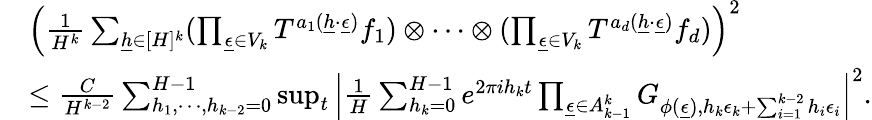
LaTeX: \begin{array}{rl}&{\Big(\frac{1}{H^{k}}\sum_{\underline{{h}}\in[H]^{k}}(\prod_{\underline{{\epsilon}}\in V_{k}}T^{a_{1}(\underline{{h}}\cdot\underline{{\epsilon}})}f_{1})\otimes\cdots\otimes(\prod_{\underline{{\epsilon}}\in V_{k}}T^{a_{d}(\underline{{h}}\cdot\underline{{\epsilon}})}f_{d})\Big)^{2}}\\ &{\le\frac{C}{H^{k-2}}\sum_{h_{1},\cdots,h_{k-2}=0}^{H-1}\operatorname*{sup}_{t}\Big|\frac{1}{H}\sum_{h_{k}=0}^{H-1}e^{2\pi ih_{k}t}\prod_{\underline{{\epsilon}}\in A_{k-1}^{k}}G_{\phi(\underline{{\epsilon}}),h_{k}\epsilon_{k}+\sum_{i=1}^{k-2}h_{i}\epsilon_{i}}\Big|^{2}.}\end{array}